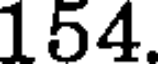
154.